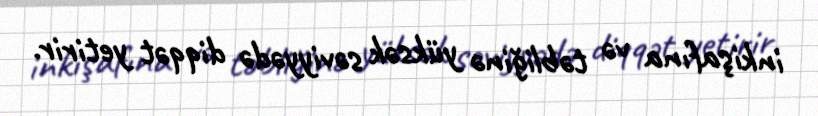
inkişafına və təbliğinə yüksək səviyyədə diqqət yetirir.